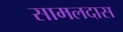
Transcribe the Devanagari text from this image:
सामलदास